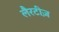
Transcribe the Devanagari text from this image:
लैरटीज़